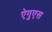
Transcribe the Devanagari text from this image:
ऐगुएस